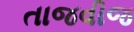
તાજવીજ